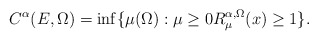
\begin{align*}C^\alpha (E, \Omega) = \inf \{ \mu(\Omega): \mu \geq 0 R^{\alpha, \Omega}_\mu(x) \geq 1 \}.\end{align*}